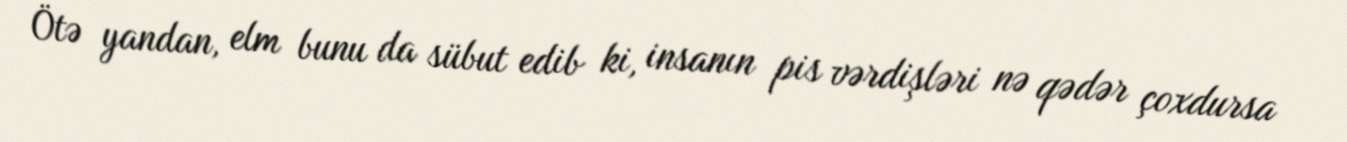
Ötə yandan, elm bunu da sübut edib ki, insanın pis vərdişləri nə qədər çoxdursa